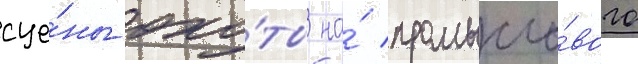
сце́ны охо́ты на́ промысло́вого